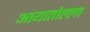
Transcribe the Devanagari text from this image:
आयातोल्ला